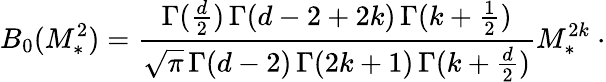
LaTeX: B_{0}(M_{*}^{2})=\frac{\Gamma(\frac{d}{2})\, \Gamma(d-2+2k)\, \Gamma(k+\frac{1}{2})}{\sqrt{\pi}\, \Gamma(d-2)\, \Gamma(2k+1)\, \Gamma(k+\frac{d}{2})}M_{\ast}^{2k}\ \cdot